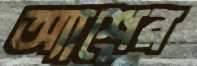
অ্যাশের